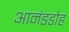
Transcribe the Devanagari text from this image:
आनंडडोह